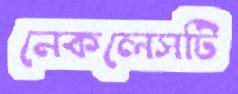
নেকলেসটি